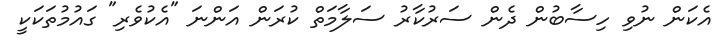
އެކަން ނުވި ހިސާބުން ދެން ސަރުކާރު ސަލާމަތް ކުރަން އަންނަ "އެކުވެރި" ގައުމުތަކަކީ